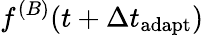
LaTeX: f^{(B)}(t+\Delta t_{\mathrm{adapt}})